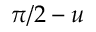
\pi / 2 - u